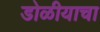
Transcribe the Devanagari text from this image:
डोळीयाचा